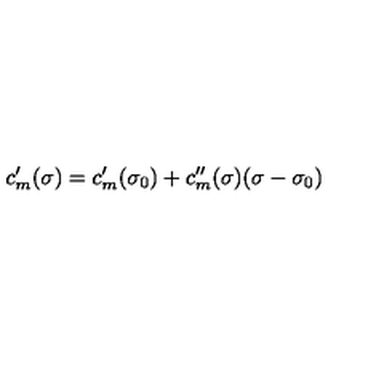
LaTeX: c _ { m } ^ { \prime } ( \sigma ) = c _ { m } ^ { \prime } ( \sigma _ { 0 } ) + c _ { m } ^ { \prime \prime } ( \sigma ) ( \sigma - \sigma _ { 0 } )